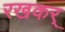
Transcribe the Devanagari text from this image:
रखकर्